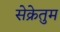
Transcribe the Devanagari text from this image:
सेक्रेतुम